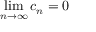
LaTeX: \operatorname* { l i m } _ { n \to \infty } c _ { n } = 0